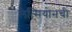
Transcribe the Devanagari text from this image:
लेत्सियोनची